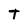
Character: T